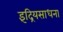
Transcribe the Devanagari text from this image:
इंद्रियसाधना